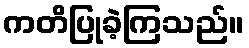
ကတိပြုခဲ့ကြသည်။